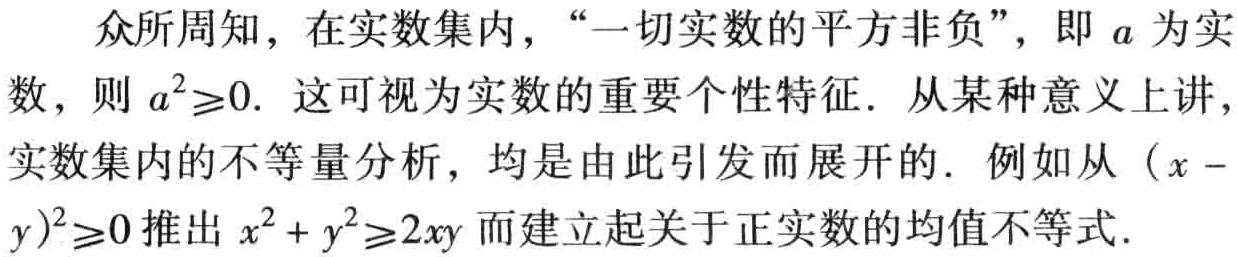
众所周知，在实数集内，“一切实数的平方非负”，即 \(a\) 为实数，则 \(a^{2}\geq0\). 这可视为实数的重要个性特征. 从某种意义上讲，实数集内的不等量分析，均是由此引发而展开的. 例如从 \((x - y)^{2}\geq0\) 推出 \(x^{2}+y^{2}\geq2xy\) 而建立起关于正实数的均值不等式.